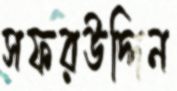
সফরউদ্দিন